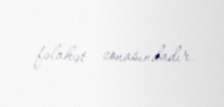
fəlakət zonasındadır.